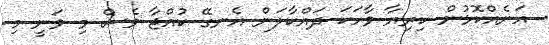
އަނެއްކޮޅުން ކިރިޔާ ވާހަކަ ދައްކާލަން އެނގޭ ކުއްޖާ ވެސް މި ވަނީ މި